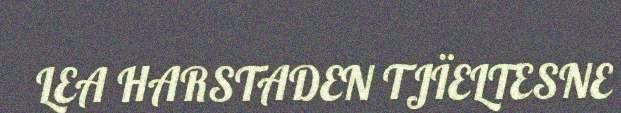
LEA HARSTADEN TJÏELTESNE